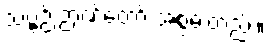
သဗ္ဗဉ် ဉာဏ်တော် အစွမ်းတည်း။